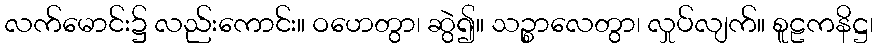
လက်မောင်း၌ လည်းကောင်း။ ဝဟေတွာ၊ ဆွဲ၍။ သဉ္စာလေတွာ၊ လှုပ်လျက်။ စူဠကနိဋ္ဌ၊